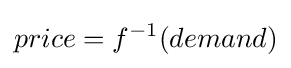
{price}=f^{-1}({demand})